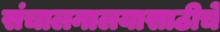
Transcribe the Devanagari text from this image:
संचालनालयासाठीचे